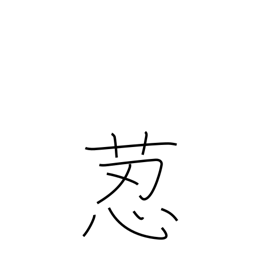
Meaning: hare's foot fern